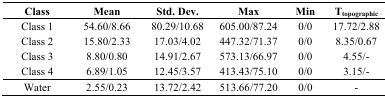
| Class | Mean | Std. Dev. | Max | Min | Ttopographic |
 | --- | --- | --- | --- | --- | --- |
 | Class 1 | 54.60/8.66 | 80.29/10.68 | 605.00/87.24 | 0/0 | 17.72/2.88 |
 | Class 2 | 15.80/2.33 | 17.03/4.02 | 447.32/71.37 | 0/0 | 8.35/0.67 |
 | Class 3 | 8.80/0.80 | 14.91/2.67 | 573.13/66.97 | 0/0 | 4.55/- |
 | Class 4 | 6.89/1.05 | 12.45/3.57 | 413.43/75.10 | 0/0 | 3.15/- |
 | Water | 2.55/0.23 | 13.72/2.42 | 513.66/77.20 | 0/0 | - |